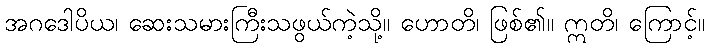
အဂဒေါပိယ၊ ဆေးသမားကြီးသဖွယ်ကဲ့သို့။ ဟောတိ၊ ဖြစ်၏။ ဣတိ၊ ကြောင့်။